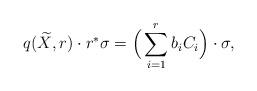
LaTeX: \begin{align*} q(\widetilde{X}, r) \cdot r^*\sigma = \Big(\sum_{i=1}^r b_iC_i \Big) \cdot \sigma, \end{align*}